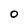
Character: 0